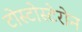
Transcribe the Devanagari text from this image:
टोस्टोस्टेरोन